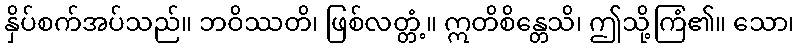
နှိပ်စက်အပ်သည်။ ဘဝိဿတိ၊ ဖြစ်လတ္တံ့။ ဣတိစိန္တေသိ၊ ဤသို့ကြံ၏။ သော၊